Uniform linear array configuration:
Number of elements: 8
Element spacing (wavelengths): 1
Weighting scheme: kaiser
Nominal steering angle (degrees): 60
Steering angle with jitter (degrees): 60.162
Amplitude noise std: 0.05
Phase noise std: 0.05

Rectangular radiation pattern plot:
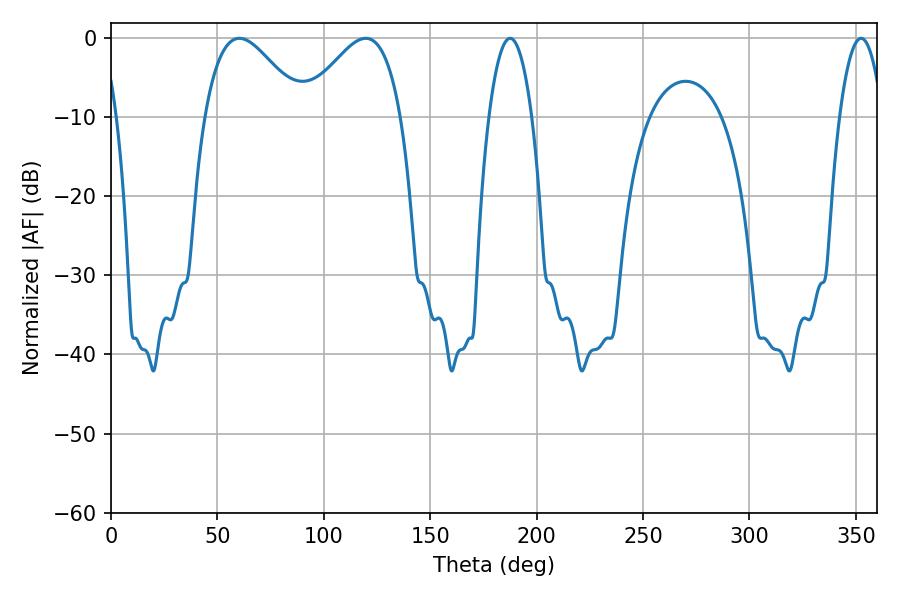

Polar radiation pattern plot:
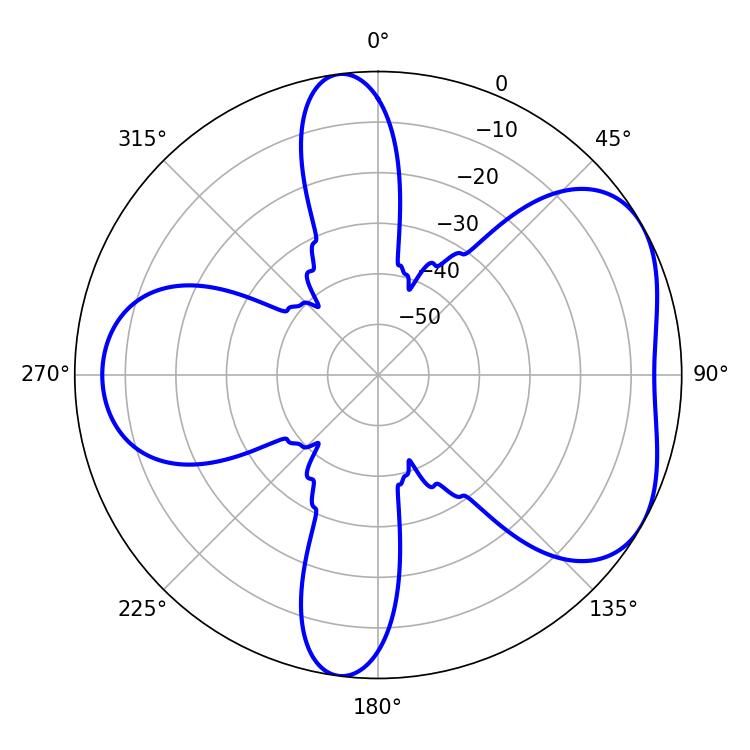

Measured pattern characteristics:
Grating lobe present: TRUE
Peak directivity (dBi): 4.911
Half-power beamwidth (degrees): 24.66
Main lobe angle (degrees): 60.3